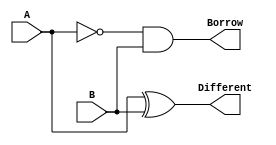
module HalfSubtractor(A, B, Different, Borrow);
	input A, B;
	output Different, Borrow;
	
	wire w1;
	
	not(w1, A);
	xor(Different, A, B);
	and(Borrow, w1, B);
endmodule